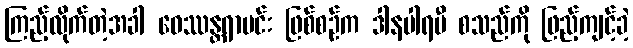
ကြည့်လိုက်တဲ့အခါ ဝေဿန္တရာမင်း ဖြစ်စဉ်က ဒါနပါရမီ စသည်ကို ဖြည့်ကျင့်ခဲ့